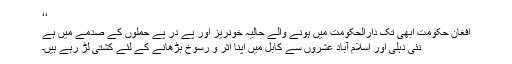
‘‘
افغان حکومت ابھی تک دارالحکومت میں ہونے والے حالیہ خونریز اور پے در پے حملوں کے صدمے میں ہے
نئی دہلی اور اسلام آباد عشروں سے کابل میں اپنا اثر و رسوخ بڑھانے کے لئے کُشتی لڑ رہے ہیں۔